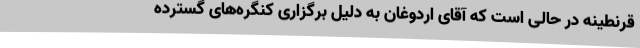
قرنطینه در حالی است که آقای اردوغان به دلیل برگزاری کنگره‌های گسترده‌